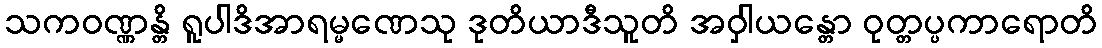
သကဝဏ္ဏန္တိ ရူပါဒိအာရမ္မဏေသု ဒုတိယာဒီသူတိ အဝှါယန္တော ဝုတ္တပ္ပကာရောတိ